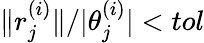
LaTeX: \| r_{j}^{(i)}\| /|\theta_{j}^{(i)}|<tol